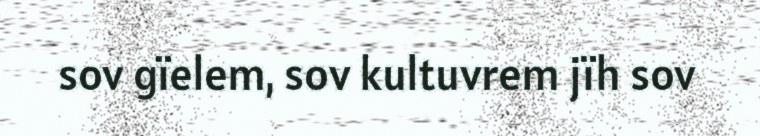
sov gïelem, sov kultuvrem jïh sov